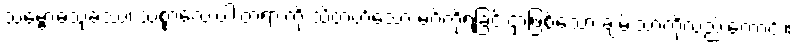
သမ္ဗောဓသုခဿ၊ သစ္စာလေးပါးတရားကို သိတတ်သော မဂ်ကိုရခြင်းငှာဖြစ်သော ချမ်းသာကိုလည်းကောင်း။